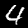
Label: 4